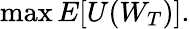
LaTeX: \operatorname*{max}E[U(W_{T})].